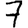
Digit: 7